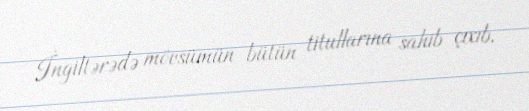
İngiltərədə mövsümün bütün titullarına sahib çıxıb.